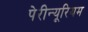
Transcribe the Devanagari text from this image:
पेरीन्यूरियम